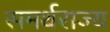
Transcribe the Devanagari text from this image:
समर्थराज्य